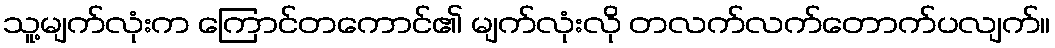
သူ့မျက်လုံးက ကြောင်တကောင်၏ မျက်လုံးလို တလက်လက်တောက်ပလျက်။